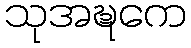
သုအဍ္ဎကေ